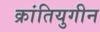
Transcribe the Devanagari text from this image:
क्रांतियुगीन